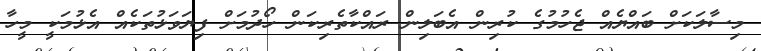
މިސާލަކަށް ބައްޔެއް ޖެހުމުގެ ކުރިން އެބަލިން ރައްކާތެރިކަން ހޯދުމަށް ފިޔަވަޅުތަކެއް އެޅުމަކީ މީހާ